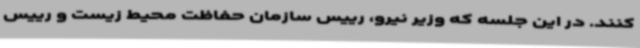
کنند. در این جلسه که وزیر نیرو، رییس سازمان حفاظت محیط زیست و رییس